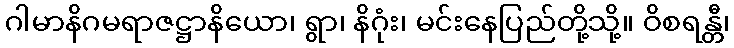
ဂါမာနိဂမရာဇဋ္ဌာနိယော၊ ရွာ၊ နိဂုံး၊ မင်းနေပြည်တို့သို့။ ဝိစရန္တီ၊